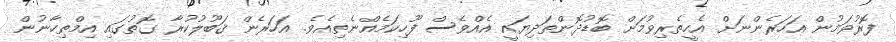
ފޮރުވަމުން އަހަރެންނަށް އެހީތެރިވުމަށް ބޮޑުދޮންތަދިޔައީ އެއްވެސް ފޫހިކަމެއްނެތިއެވެ. އަހަރެން ޤަބޫލުކުރާ ގޮތުގައި އިމްތިހާނުން